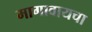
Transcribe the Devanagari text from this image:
मागावायचा